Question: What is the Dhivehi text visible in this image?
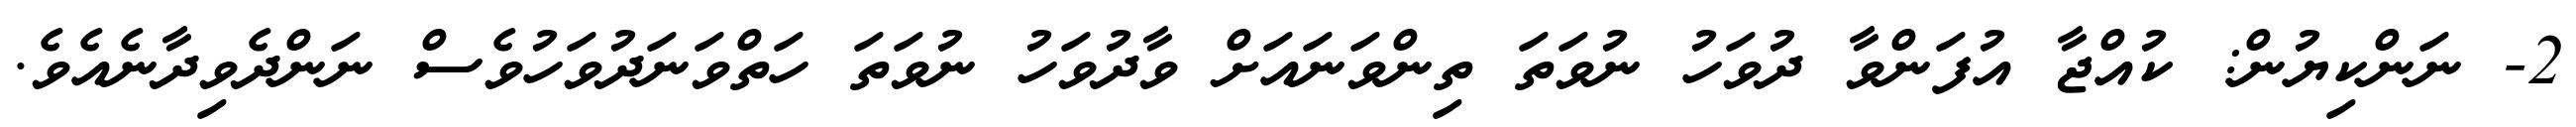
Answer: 2- ނަންކިޔުން: ކުއްޖާ އުފަންވާ ދުވަހު ނުވަތަ ތިންވަނައަށް ވާދުވަހު ނުވަތަ ހަތްވަނަދުވަހުވެސް ނަންދެވިދާނެއެވެ.